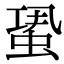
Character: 𧋳